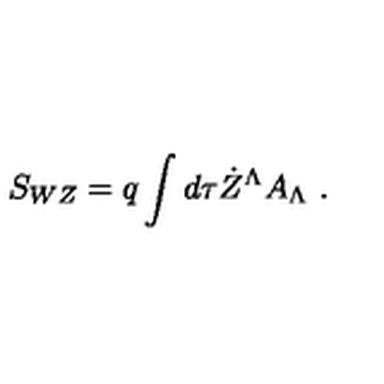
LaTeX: S _ { W Z } = q \int d \tau \dot { Z } ^ { \Lambda } A _ { \Lambda } \ .